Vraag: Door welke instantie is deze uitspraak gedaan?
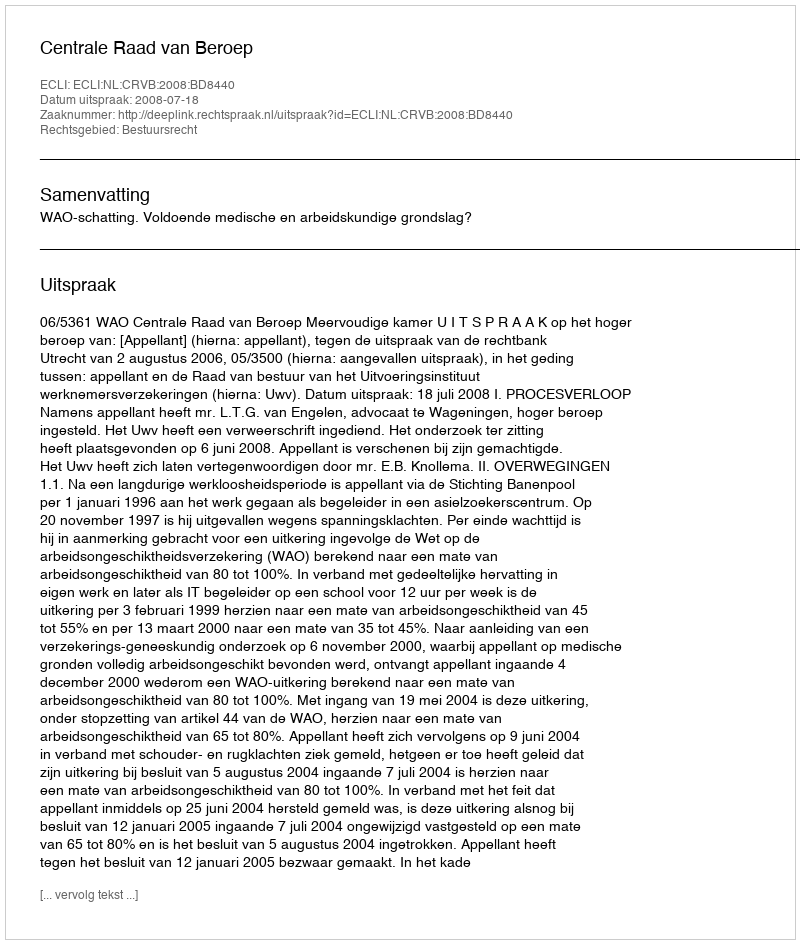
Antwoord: Centrale Raad van Beroep